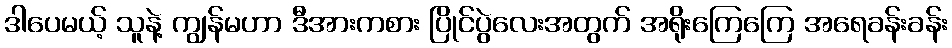
ဒါပေမယ့် သူနဲ့ ကျွန်မဟာ ဒီအားကစား ပြိုင်ပွဲလေးအတွက် အရိုးကြေကြေ အရေခန်းခန်း